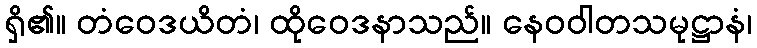
ရှိ၏။ တံဝေဒယိတံ၊ ထိုဝေဒနာသည်။ နေဝဝါတသမုဋ္ဌာနံ၊